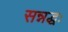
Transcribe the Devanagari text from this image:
सन्नद्धः